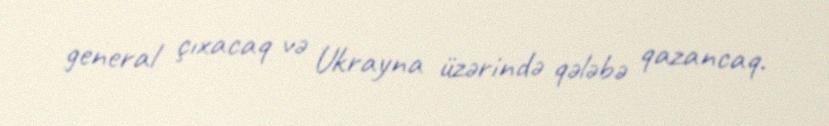
general çıxacaq və Ukrayna üzərində qələbə qazancaq.